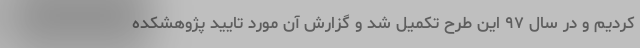
کردیم و در سال ۹۷ این طرح تکمیل شد و گزارش آن مورد تایید پژوهشکده